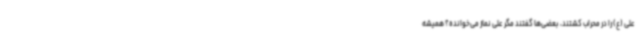
علی (ع) را در محراب کشتند، بعضی‌ها گفتند مگر علی نماز می‌خوانده؟ همیشه